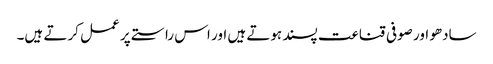
سادھو اور صوفی قناعت پسند ہوتے ہیں اور اس راستے پر عمل کرتے ہیں۔